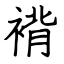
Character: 褙